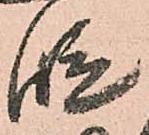
段